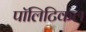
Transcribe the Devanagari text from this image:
पाॅलिटिकल